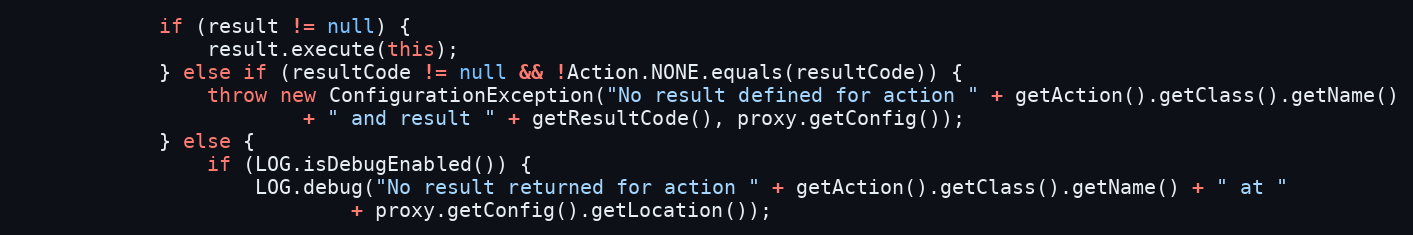
Language: Java
			if (result != null) {
				result.execute(this);
			} else if (resultCode != null && !Action.NONE.equals(resultCode)) {
				throw new ConfigurationException("No result defined for action " + getAction().getClass().getName()
						+ " and result " + getResultCode(), proxy.getConfig());
			} else {
				if (LOG.isDebugEnabled()) {
					LOG.debug("No result returned for action " + getAction().getClass().getName() + " at "
							+ proxy.getConfig().getLocation());